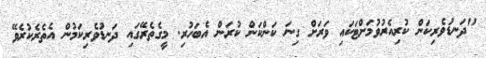
"ދަނޑުވެރިކަން ކުރިއެރުވުމަށްޓަކައި ވަރަށް ގިނަ ކަންކަން ކުރަން އެބަހުރި. މީގެތެރޭގައި ދަނޑުވެރިކަމުން އެތެރެކުރެވޭ